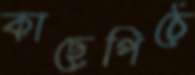
কাছেপিঠে